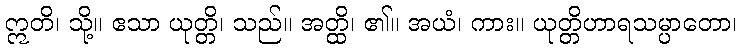
ဣတိ၊ သို့။ ဧသာ ယုတ္တိ၊ သည်။ အတ္ထိ၊ ၏။ အယံ၊ ကား။ ယုတ္တိဟာရသမ္ပာတော၊